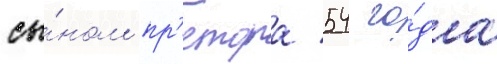
сы́ном пр'етора 54 го́да